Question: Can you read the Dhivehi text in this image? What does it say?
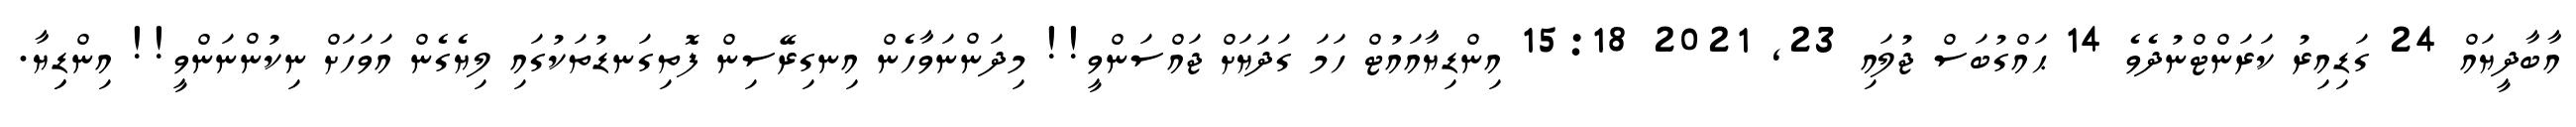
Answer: އާބާދީޔައް 24 ގަޑިއިރު ކަރަންޓްނުދެވެ 14 ޙައްގުބަސް ޖުލައި 23, 2021 15:18 އިންޑިޔާއައުޓް ހަމަ ގަދަޔަށް ޖައްސަންވީ!! މިދަންނަވާހެން އިނގިރޭސިން ފޮތިގަނޑުތަކުގައި ލިޔެގެން އަވަހަށް ނިކުންނަންވީ!! އިންޑިިޔާ.